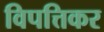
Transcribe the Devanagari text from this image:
विपत्तिकर